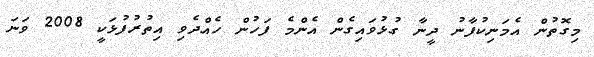
މިގޮތުން އެމަނިކުފާނު ދީނާ ގުޅުވައިގެން އެންމެ ފަހުން ހެއްދެވި އިތުރުފުޅަކީ 2008 ވަނަ